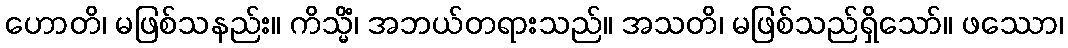
ဟောတိ၊ မဖြစ်သနည်း။ ကိသ္မိံ၊ အဘယ်တရားသည်။ အသတိ၊ မဖြစ်သည်ရှိသော်။ ဖဿော၊